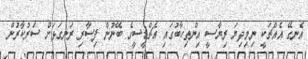
އެނގޭ އެއްޗަކީ ނިމިދިޔަ ރިޔާސީ އިންތިހާބުގައި އެޗްޑީސީގެ ބޭނުން ފިސާރި ރަނގަޅަށް ސަރުކާރުން